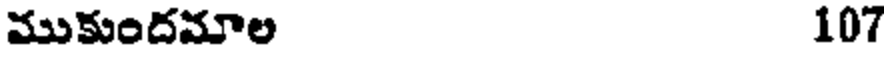
ముకుందమాల 107